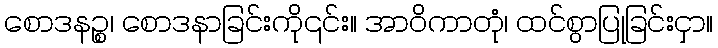
စောဒနဉ္စ၊ စောဒနာခြင်းကို၎င်း။ အာဝိကာတုံ၊ ထင်စွာပြုခြင်းငှာ။